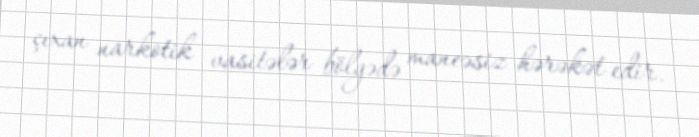
çıxan narkotik vasitələr bölgədə maneəsiz hərəkət edir.